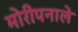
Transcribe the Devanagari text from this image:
मोरीपनाले